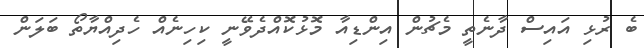
ބެ ރުޅި އައިސް ދާނެތީ މެޗުން އިންޑިއާ މޮޅުކޮއްދެވޭނީ ކިހިނެއް ހެދިއްޔާތޯ ބަލަން